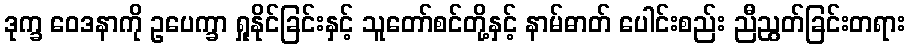
ဒုက္ခ ဝေဒနာကို ဥပေက္ခာ ရှုနိုင်ခြင်းနှင့် သူတော်စင်တို့နှင့် နာမ်ဓာတ် ပေါင်းစည်း ညီညွတ်ခြင်းတရား